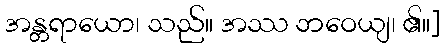
အန္တရာယော၊ သည်။ အဿ ဘဝေယျ၊ ၏။]